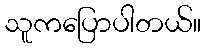
သူကပြောပါတယ်။